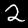
Digit: 2